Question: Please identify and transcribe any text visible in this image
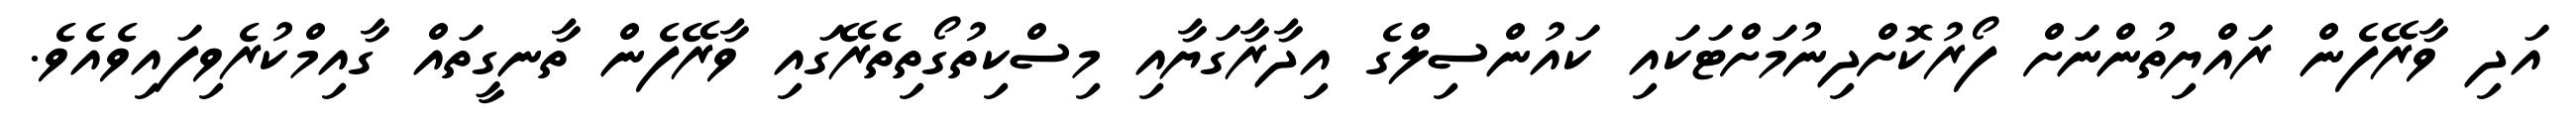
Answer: އަދި ވާރޭފެން ރައްޔިތުންނަށް ފޯރުކޮށްދިނުމަށްޓަކައި ކައުންސިލްގެ އިދާރާގަޔާއި މިސްކިތުގޯތިތެރޭގައި ވާރޭފެން ތާނގީތައް ގާއިމްކުރެވިފައިވެއެވެ.